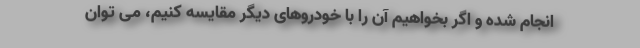
انجام شده و اگر بخواهیم آن را با خودروهای دیگر مقایسه کنیم، می توان